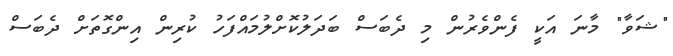
"ޝަވާ" މާނަ އަކީ ފެންވެރުން މި ދެބަސް ބަދަލުކޮށްލުމައްފަހު ކުރިން އިންގޮތަށް ދެބަސް